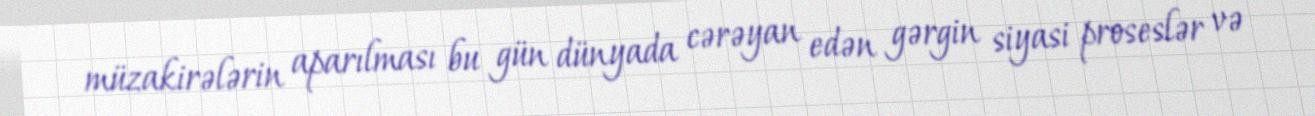
müzakirələrin aparılması bu gün dünyada cərəyan edən gərgin siyasi proseslər və